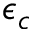
\epsilon _ { c }